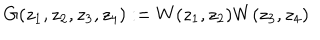
G ( z _ { 1 } , z _ { 2 } , z _ { 3 } , z _ { 4 } ) : = W ( z _ { 1 } , z _ { 2 } ) W ( z _ { 3 } , z _ { 4 } )